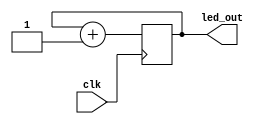
module led (clk, led_out);

input clk;
output reg [7:0] led_out;

initial begin
    led_out = 8'b0000_0000;
end

always @(negedge clk) begin
    led_out = led_out + 1'b1;
end

endmodule